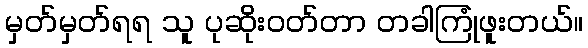
မှတ်မှတ်ရရ သူ ပုဆိုးဝတ်တာ တခါကြုံဖူးတယ်။